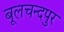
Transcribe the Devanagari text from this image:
बूलचन्दपुर